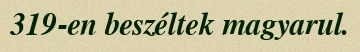
319-en beszéltek magyarul.